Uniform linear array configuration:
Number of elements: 32
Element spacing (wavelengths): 0.5
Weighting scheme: uniform
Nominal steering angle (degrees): -60
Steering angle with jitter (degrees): -60.657
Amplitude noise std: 0.05
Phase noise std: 0.05

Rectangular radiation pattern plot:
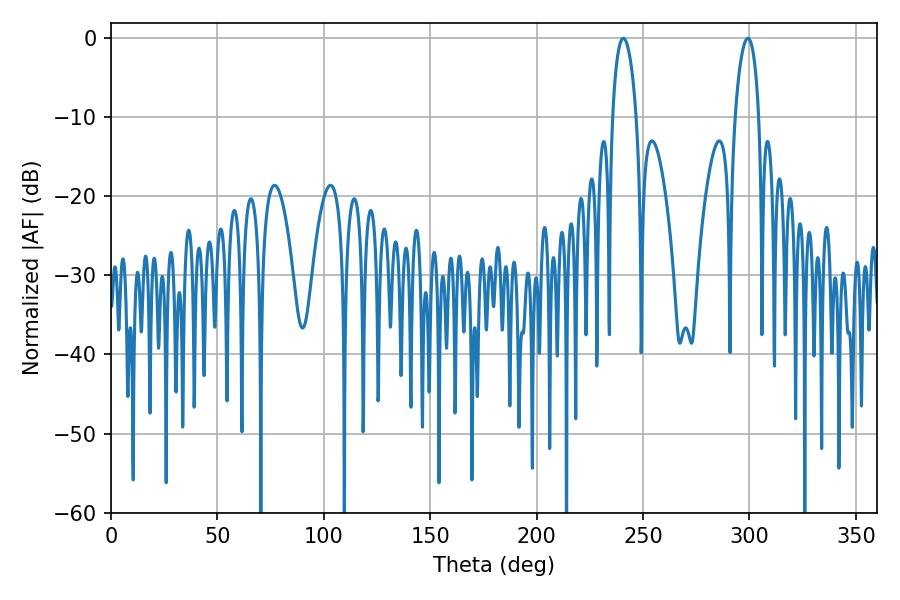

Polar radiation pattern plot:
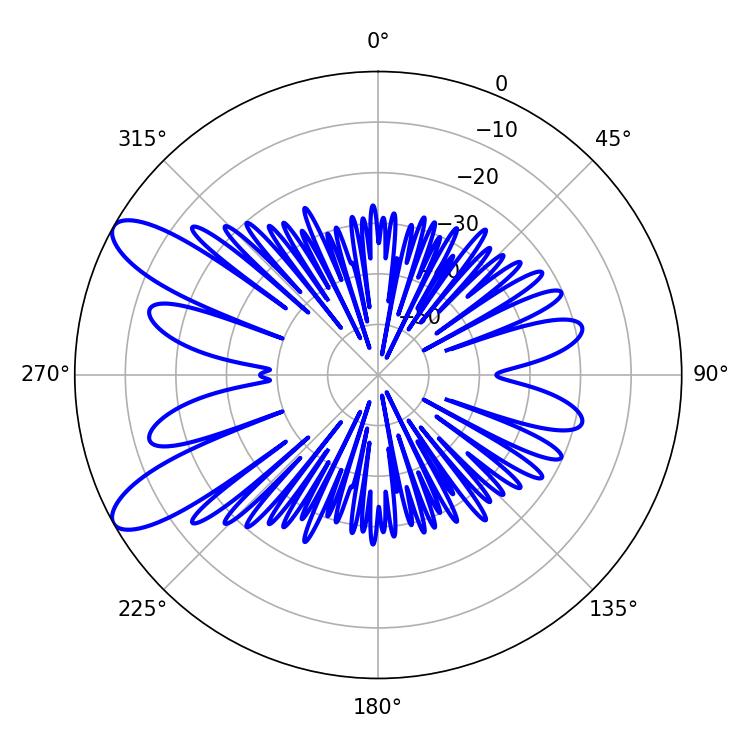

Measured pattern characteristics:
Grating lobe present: FALSE
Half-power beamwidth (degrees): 6.3
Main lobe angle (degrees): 240.66